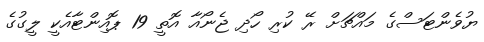
ޔުވެންޓަސްގެ މައްޗަށް ރޭ ކުރި ހޯދި ޖެނޯއާ އޮތީ 19 ޕޮއިންޓާއެކީ ލީގުގެ